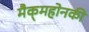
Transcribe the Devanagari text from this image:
मैक्‌महोनकी